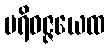
ပရိဝဇ္ဇယေထ